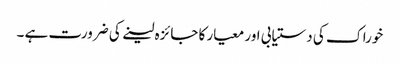
خوراک کی دستیابی اور معیار کا جائزہ لینے کی ضرورت ہے ۔